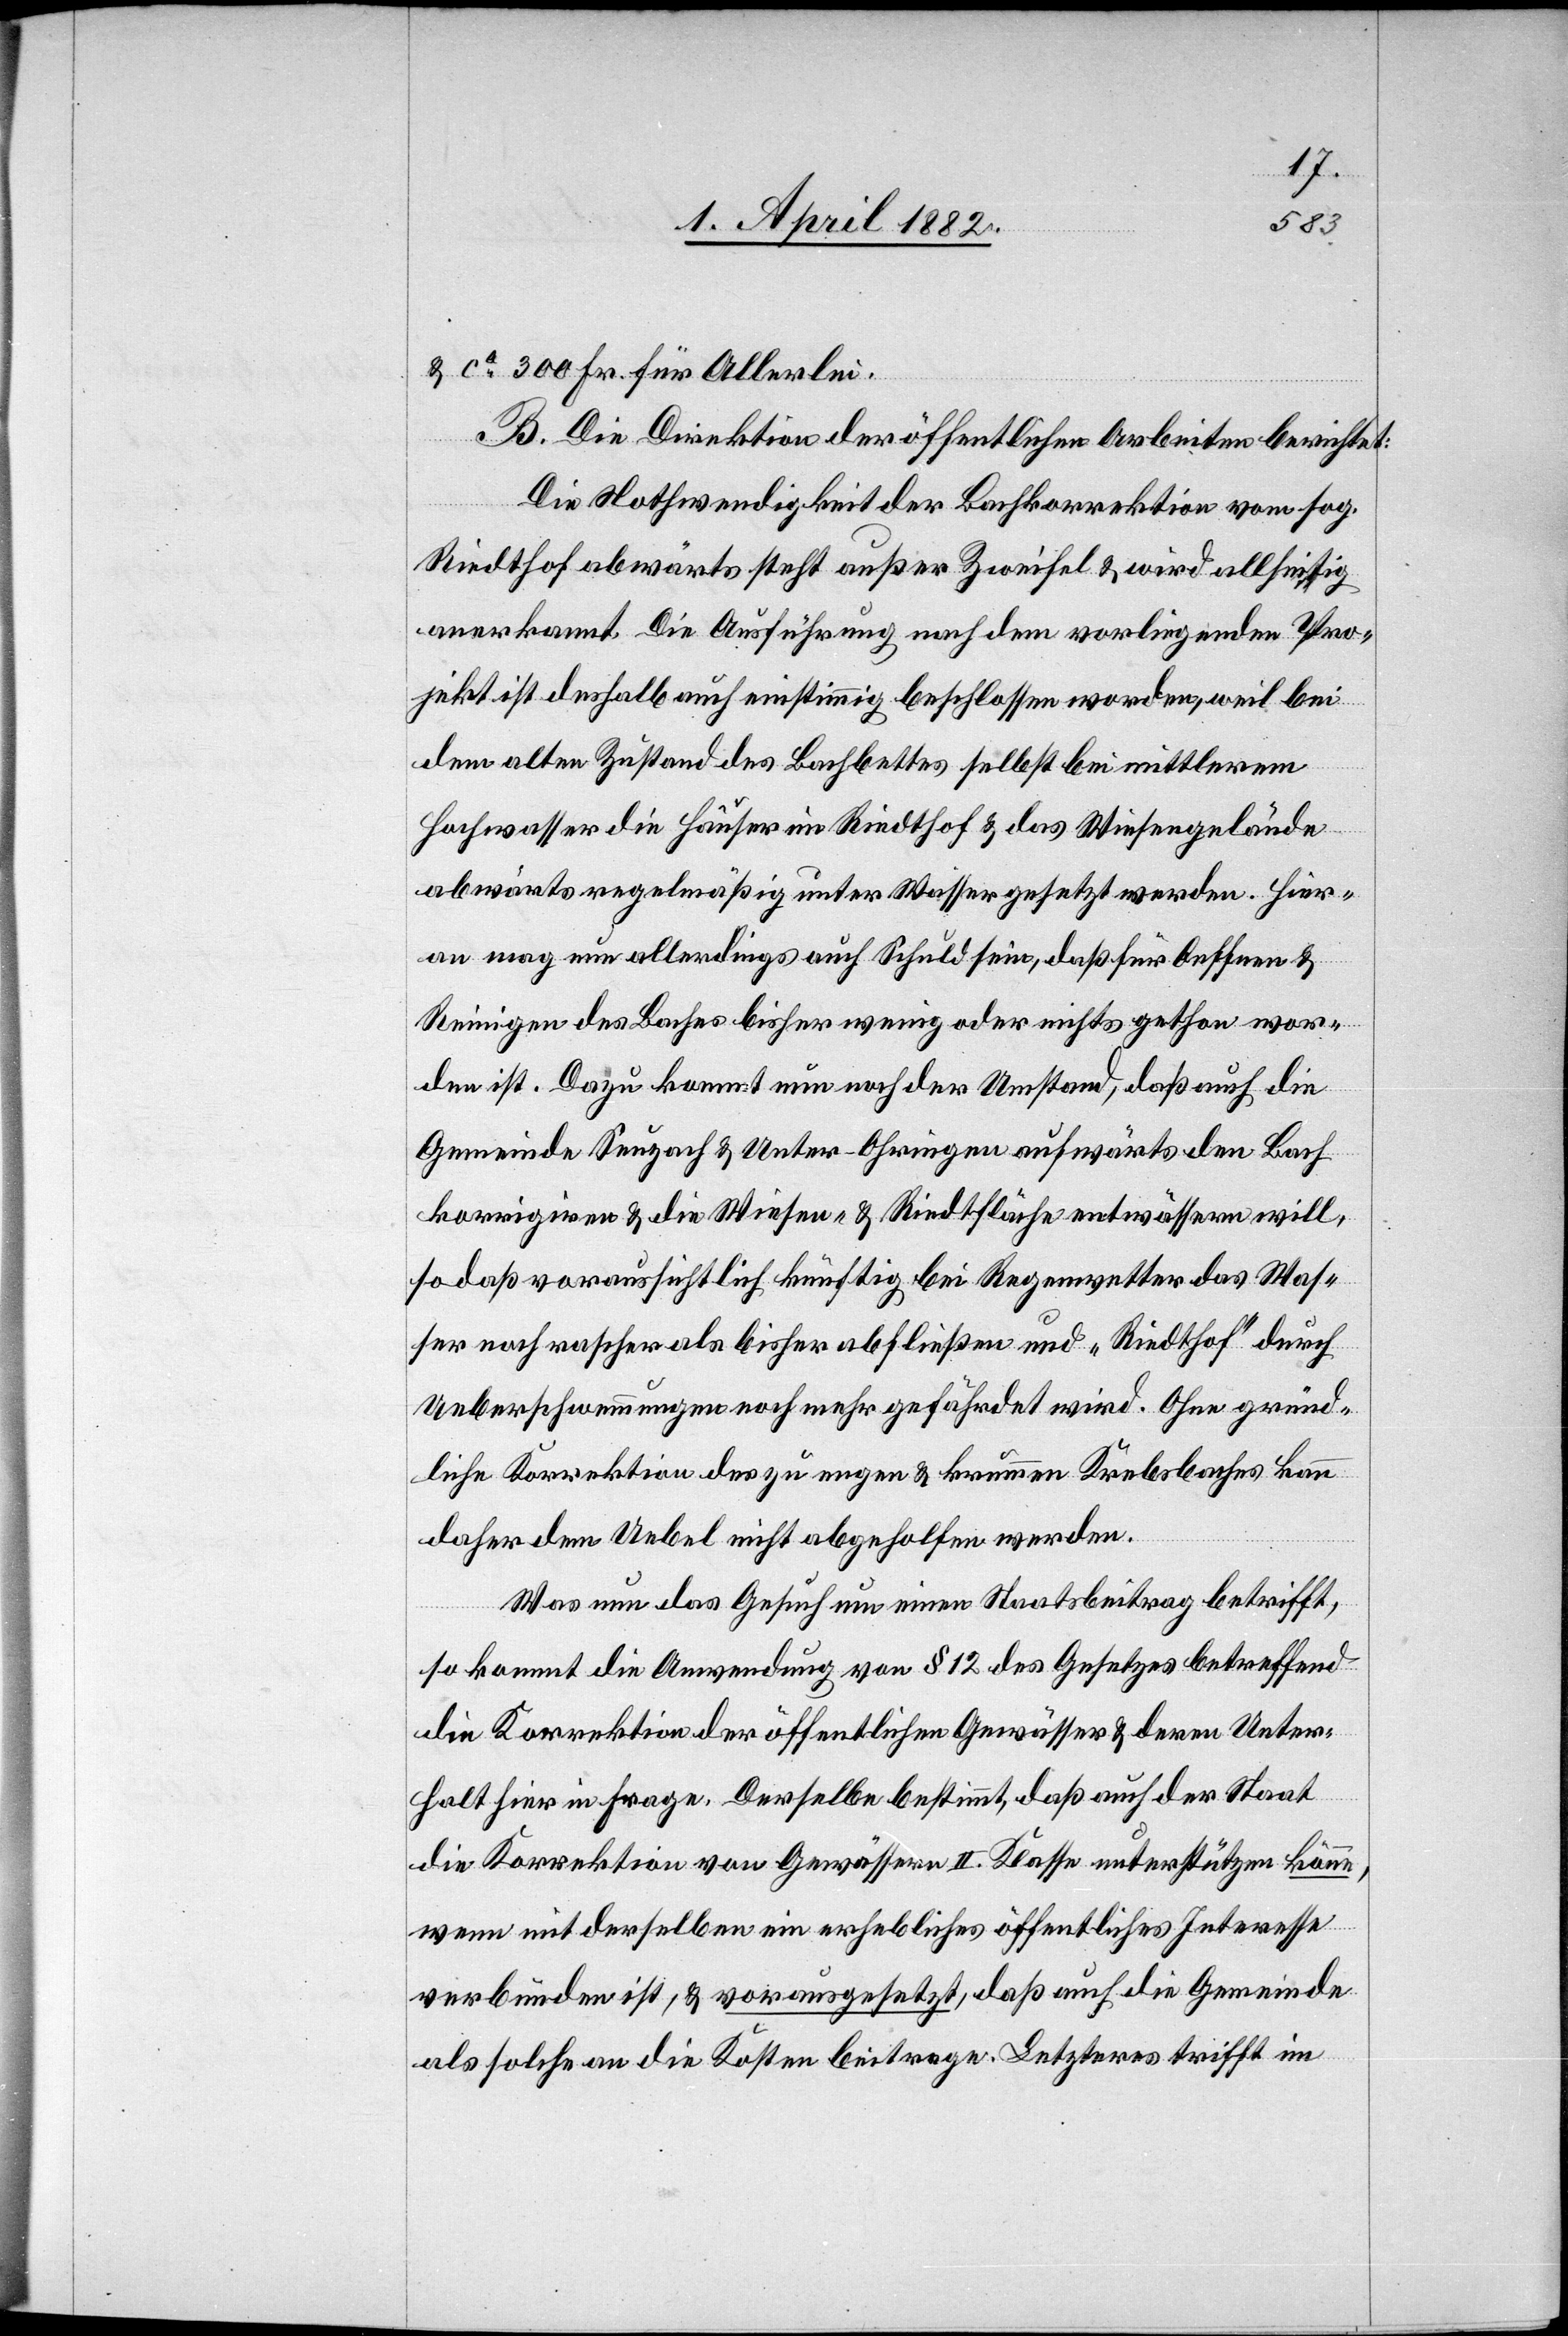
& ca 300 Fr. für Allerlei.
B. Die Direktion der öffentlichen Arbeiten berichtet:
Die Nothwendigkeit der Bachkorrektion vom sog.
Riedthof abwärts steht außer Zweifel & wird allseitig
anerkannt. Die Ausführung nach dem vorliegenden Pro¬
jekt ist deshalb auch einstimmig beschlossen worden, weil bei
dem alten Zustand des Bachbettes selbst bei mittlerem
Hochwasser die Häuser im Riedthof & das Wiesengelände
abwärts regelmäßig unter Wasser gesetzt werden. Hier¬
an mag nun allerdings auch Schuld sein, daß für Oeffnen &
Reinigen des Baches bisher wenig oder nichts gethan wor¬
den ist. Dazu kommt nun noch der Umstand, daß auch die
Gemeinde Seuzach & Unter-Ohringen aufwärts den Bach
korrigiren & die Wiesen- & Riedtfläche entwässern will,
sodaß voraussichtlich künftig bei Regenwetter das Was¬
ser noch rascher als bisher abfließen und „Riedthof“ durch
Ueberschwemmungen noch mehr gefährdet wird. Ohne gründ¬
liche Korrektion des zu engen & krummen Krebsbaches kann
daher dem Uebel nicht abgeholfen werden.
Was nun das Gesuch um einen Staatsbeitrag betrifft,
so kommt die Anwendung von § 12 des Gesetzes betreffend
die Korrektion der öffentlichen Gewässer & deren Unter¬
halt hier in Frage. Derselbe bestimmt, daß auch der Staat
die Korrektion von Gewässern II. Klasse unterstützen könne,
wenn mit derselben ein erhebliches öffentliches Interesse
verbunden ist, & vorausgesetzt, daß auch die Gemeinde
als solche an die Kosten beitrage. Letzteres trifft im